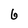
Character: 6